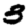
Digit: 3